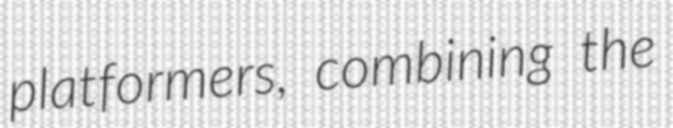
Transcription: platformers, combining the